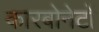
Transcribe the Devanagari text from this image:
कारबोनेटों